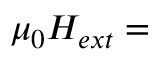
\mu _ { 0 } H _ { e x t } =